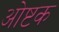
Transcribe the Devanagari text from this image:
ओष्टक